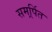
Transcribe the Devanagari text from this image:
समर्र्पित